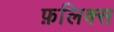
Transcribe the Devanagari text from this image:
फ़लिक्स